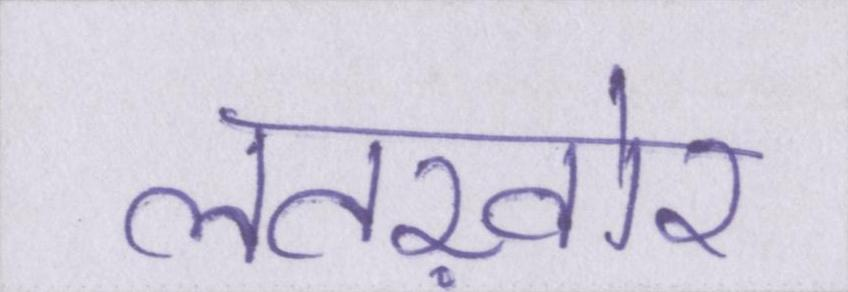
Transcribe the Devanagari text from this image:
लतख़ोर